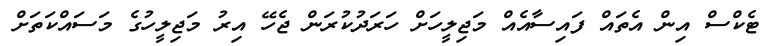
ޓެކްސް އިން އެތައް ފައިސާއެއް މަޖިލީހަށް ހަރަދުކުރަން ޖެހޭ އިރު މަޖިލީހުގެ މަސައްކަތަށް